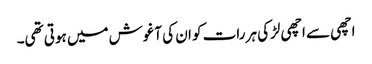
اچھی سے اچھی لڑکی ہر رات کو ان کی آغوش میں ہوتی تھی۔